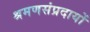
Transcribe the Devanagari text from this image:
श्रमणसंप्रदायों